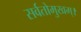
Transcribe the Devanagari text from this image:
सर्वतोमुखम्।